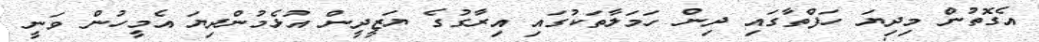
އެގޮތުން މިދިޔަ ހަފްތާގައި ދިން ހަމަލާތަކުގައި އިރާގުގެ ޔަޒީދީން އުޅެމުންދިޔަ އެމީހުން ވަނީ